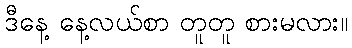
ဒီနေ့ နေ့လယ်စာ တူတူ စားမလား။